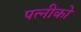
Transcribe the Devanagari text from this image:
पत्नीको